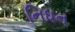
નિધન